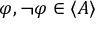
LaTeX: \varphi , \lnot \varphi \in \langle A \rangle